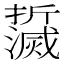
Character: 𤄌